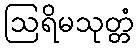
ဩရိမသုတ္တံ